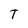
Character: T